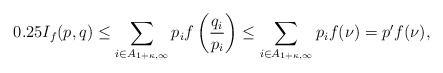
\begin{align*}0.25I_f(p,q) &\leq \sum_{i \in A_{ 1+\kappa,\infty} } p_i f\left( \frac{q_i}{p_i} \right) \leq \sum_{i \in A_{1+\kappa,\infty} } p_i f( \nu) = p' f(\nu),\end{align*}